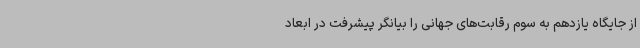
از جایگاه یازدهم به سوم رقابت‌های جهانی را بیانگر پیشرفت در ابعاد